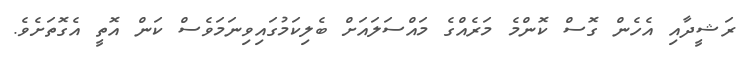
ރަޝީދާއި އެހެން ގޮސް ކޮންމެ މަރެއްގެ މައްސަލައަށް ބެލިކަމުގައިވިނަމަވެސް ކަން އޮތީ އެގޮތަށެވެ.